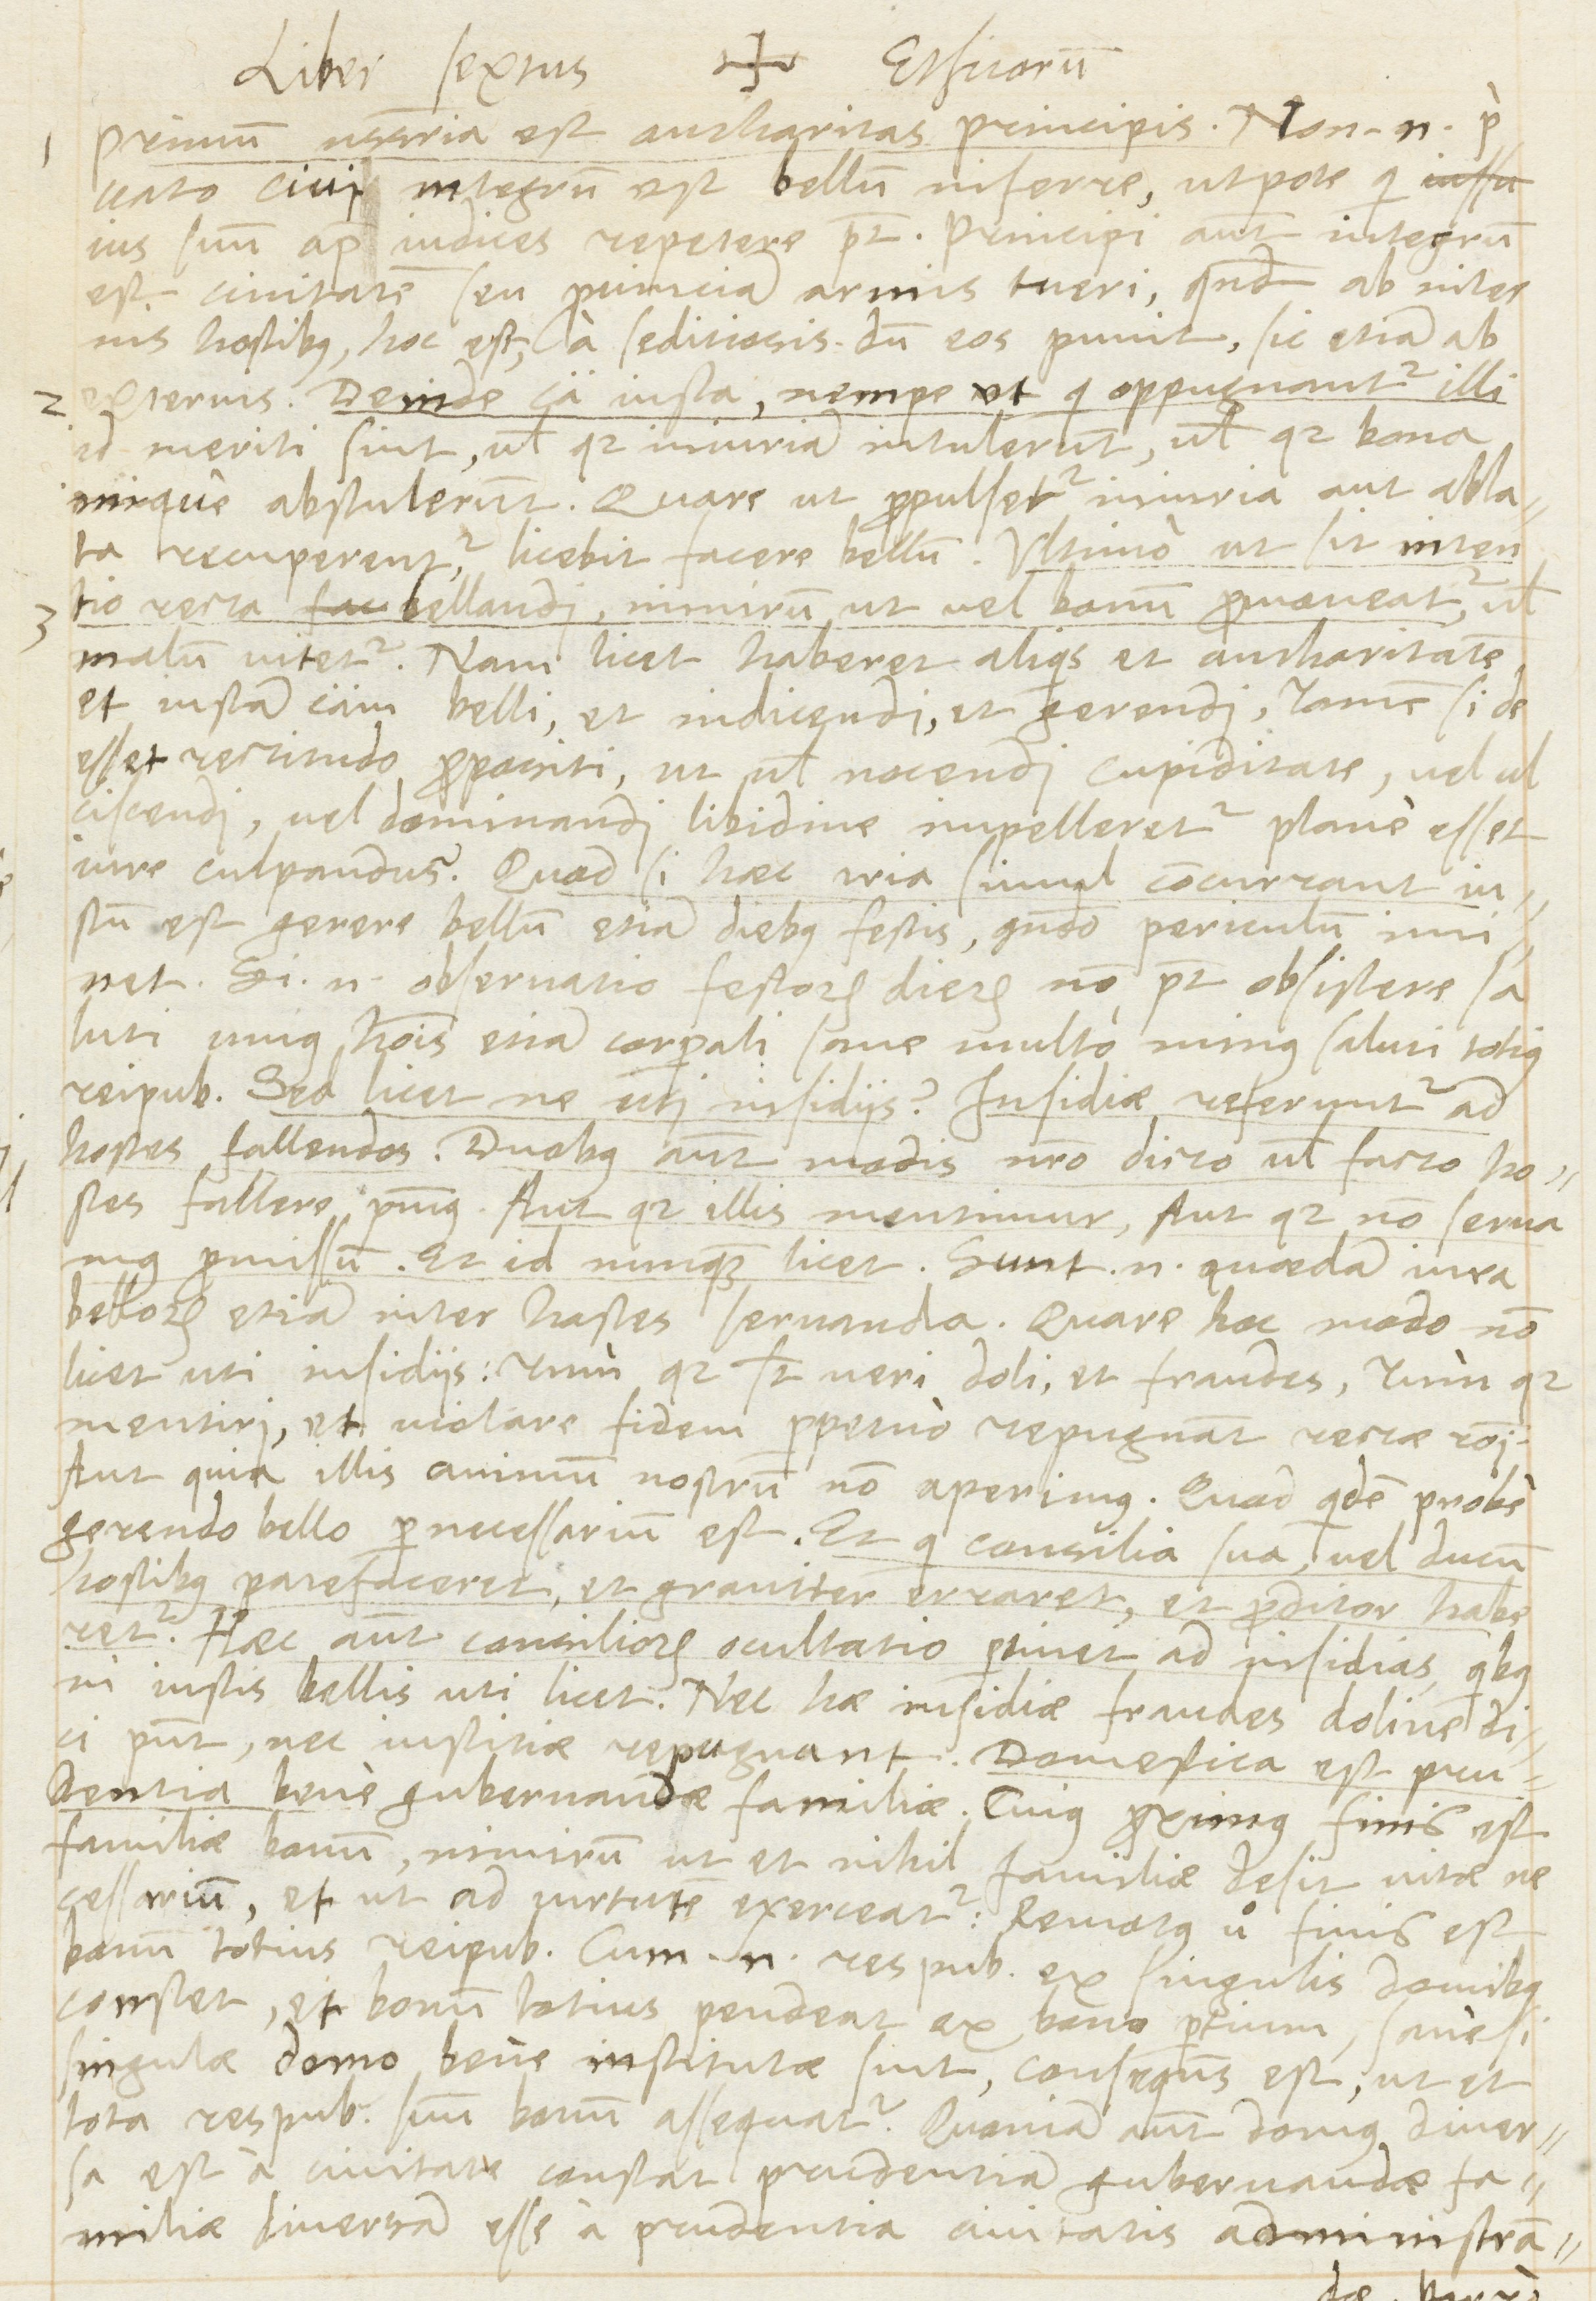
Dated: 1566–1566